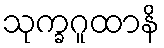
သုက္ခဂူထာနိ